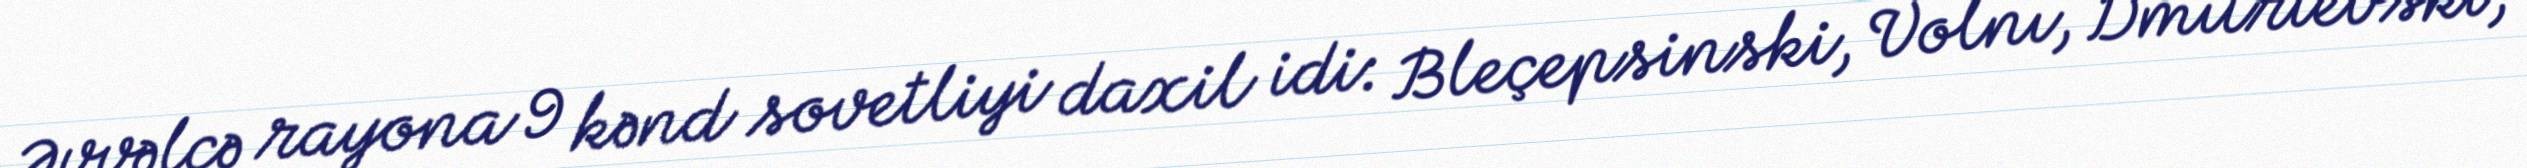
Əvvəlcə rayona 9 kənd sovetliyi daxil idi: Bleçepsinski, Volnı, Dmitrievski,